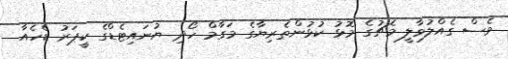
ވެސް ގެއްލުވާލީ މެޗުގެ މޮޅު ކުޅުންތެރިޔާގެ މަގާމް ހޯދި ޔުނައިޓެޑްގެ ކީޕަރު ޑެހެއާ